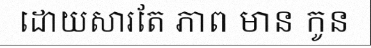
ដោយសារតែ ភាព មាន កូន